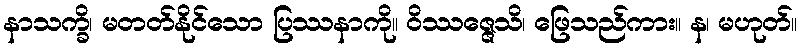
နာသက္ခိ၊ မတတ်နိုင်သော ပြဿနာကို။ ဝိဿဇ္ဇေသိ၊ ဖြေသည်ကား။ န၊ မဟုတ်။